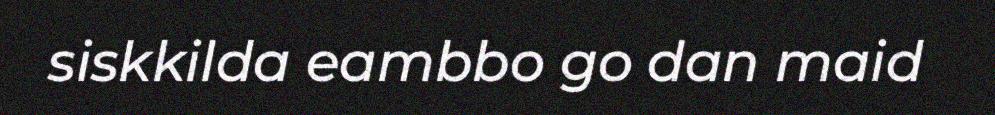
siskkilda eambbo go dan maid